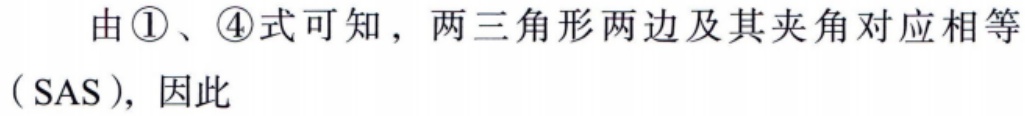
由\textcircled{1}、\textcircled{4}式可知，两三角形两边及其夹角对应相等（SAS），因此